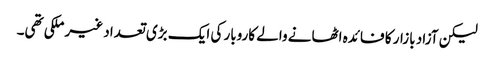
لیکن آزاد بازار کا فائدہ اٹھانے والے کاروبار کی ایک بڑی تعداد غیر ملکی تھی۔